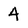
Character: 4